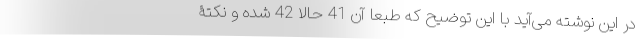
در این نوشته می‌آید با این توضیح که طبعاً آن 41 حالا 42 شده و نکتۀ